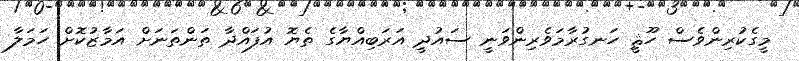
މީގެކުރިންވެސް ހޫޘީ ހަނގުރާމަވެރިންވަނީ ސައުދީ އަރަބިއްޔާގެ ތެޔޮ އުފައްދާ ތަންތަނަށް އަމާޒުކޮށް ހަމަލާ